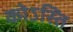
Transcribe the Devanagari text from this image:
कोऽस्ति